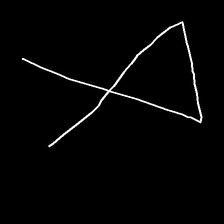
Glyph: collection